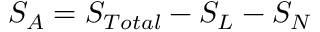
S _ { A } = S _ { T o t a l } - S _ { L } - S _ { N }